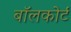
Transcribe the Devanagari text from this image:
बॉलकोर्ट